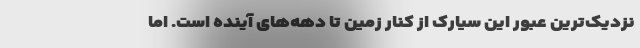
نزدیک‌ترین عبور این سیارک از کنار زمین تا دهه‌های آینده است. اما